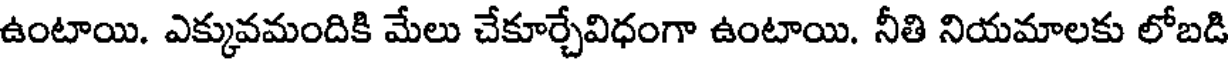
ఉంటాయి. ఎక్కువమందికి మేలు చేకూర్చేవిధంగా ఉంటాయి. నీతి నియమాలకు లోబడి